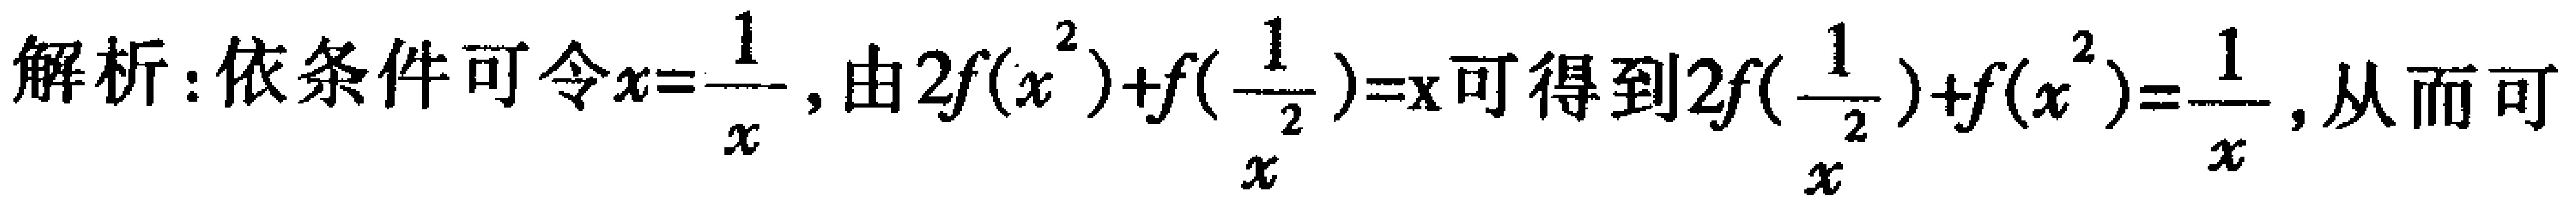
解析：依条件可令\(x = \frac{1}{x}\)，由\(2f(x^{2}) + f(\frac{1}{x^{2}}) = x\)可得到\(2f(\frac{1}{x^{2}}) + f(x^{2}) = \frac{1}{x}\)，从而可